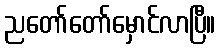
ညတော်တော်မှောင်လာပြီ။